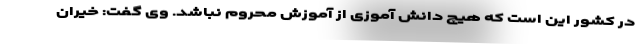
در کشور این است که هیچ دانش آموزی از آموزش محروم نباشد. وی گفت: خیران